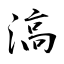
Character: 滈